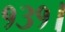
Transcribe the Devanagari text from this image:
१३१।